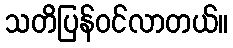
သတိပြန်ဝင်လာတယ်။